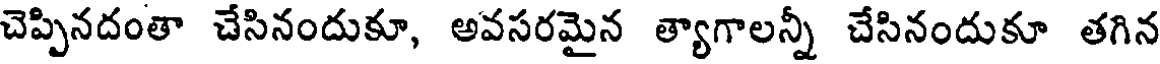
చెప్పినదంతా చేసినందుకూ, అవసరమైన త్యాగాలన్నీ చేసినందుకూ తగిన